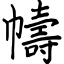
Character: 幬